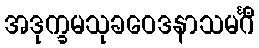
အဒုက္ခမသုခဝေဒနာသမင်္ဂီ